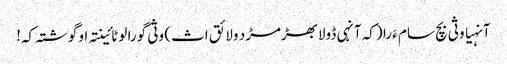
آنہیا وثی بچ سام ءَ را (کہ آنہی ڈولابھڑمڑد ولائق اث) وثی گورا لوٹائینتہ او گوشتہ کہ!